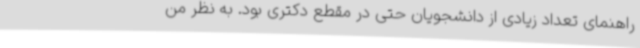
راهنمای تعداد زیادی از دانشجویان حتی در مقطع دکتری بود. به نظر من